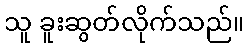
သူ ခူးဆွတ်လိုက်သည်။